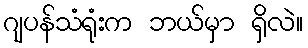
ဂျပန်သံရုံးက ဘယ်မှာ ရှိလဲ။